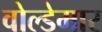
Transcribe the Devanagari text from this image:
वोल्डेमार